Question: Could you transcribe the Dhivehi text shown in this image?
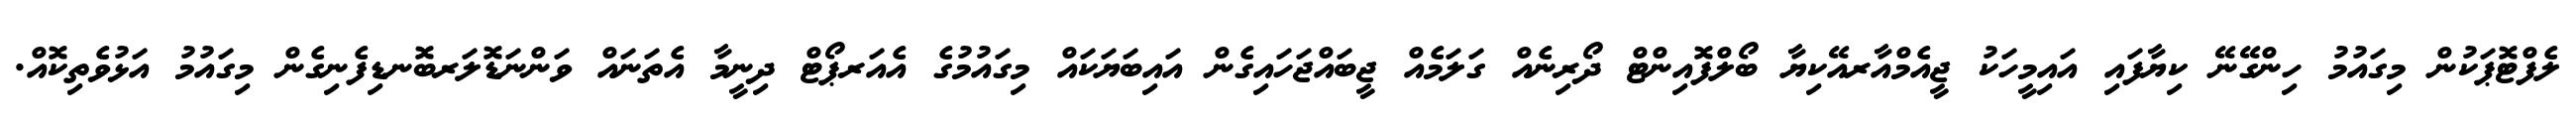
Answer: ލެފްޓޮޕަކުން މިގައުމު ހިންގޭނޭ ކިޔާފައި އައިމީހަކު ޖީއެމްއާރއޭކިޔާ ބޯލްފޮއިންޓް ދޯރިނެއް ގަލަމެއް ޖީބައްޖަހައިގެން އައިބަޔަކައް މިގައުމުގެ އެއަރޕޯޓް ދިނީމާ އެތަނައް ވަންނަޑޮލަރބޮނޑިފެނިގެން މިގައުމު އަޅުވެތިކޮއް.